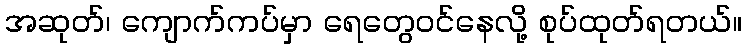
အဆုတ်၊ ကျောက်ကပ်မှာ ရေတွေဝင်နေလို့ စုပ်ထုတ်ရတယ်။